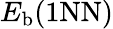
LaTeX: E_{\mathrm{b}}(\mathrm{{1NN})}